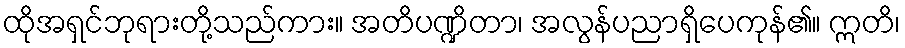
ထိုအရှင်ဘုရားတို့သည်ကား။ အတိပဏ္ဍိတာ၊ အလွန်ပညာရှိပေကုန်၏။ ဣတိ၊